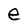
Character: e